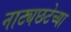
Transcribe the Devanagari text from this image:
नाट्यछटेच्या